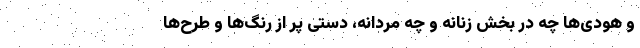
و هودی‌ها چه در بخش زنانه و چه مردانه، دستی پر از رنگ‌ها و طرح‌ها